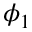
\phi _ { 1 }